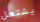
يشتعل